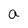
Character: a